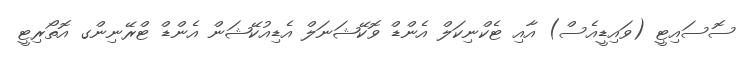
ސޮސައިޓީ (ވައިޑީއެސް) އާއި ޓެކްނިކަލް އެންޑް ވޮކޭޝަނަލް އެޑިއުކޭޝަން އެންޑް ޓްރޭނިންގ އޮތޯރިޓީ